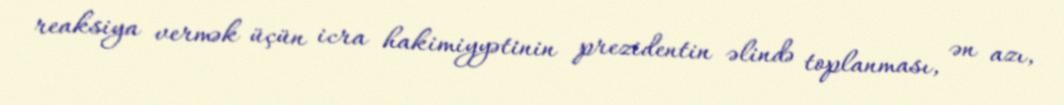
reaksiya vermək üçün icra hakimiyyətinin prezidentin əlində toplanması, ən azı,